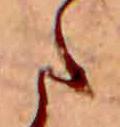
た